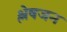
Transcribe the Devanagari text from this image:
श्लेषजन